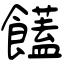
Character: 饚